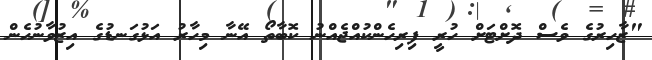
"ޒާހިރުގެ ވެސް ދޮށްޓަށް ހުރީ ފިރިހެންކުއްޖެއްނު ކޮބާތޯ އޭނާ މިހާރު އަޅުގަނޑުގެ އިޒުވާނުހެން